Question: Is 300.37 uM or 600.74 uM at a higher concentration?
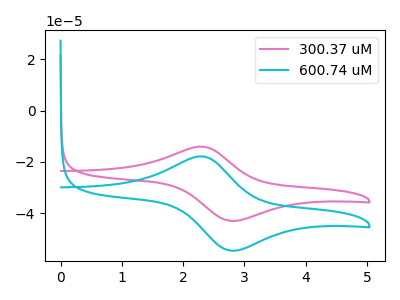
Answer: <think>The pink curve "300.37 uM" has an anodic peak at (2.30V, -14.05uA) and a cathodic peak at (2.80V, -43.00uA). The cyan curve "600.74 uM" has an anodic peak at (2.30V, -17.80uA) and a cathodic peak at (2.80V, -54.60uA).
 All the peaks in "300.37 uM" have a peak in "600.74 uM" at the same potential.</think>
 <answer>I cant tell if "300.37 uM" or "600.74 uM" has higher concentration.</answer>
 <eval>mixed_concentration</eval>